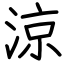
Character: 涼